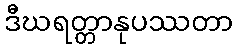
ဒီဃရတ္တာနုပဿတာ